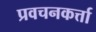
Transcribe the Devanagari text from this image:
प्रवचनकर्त्ता